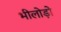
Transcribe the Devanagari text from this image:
भीलोड़ो